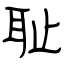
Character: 耻